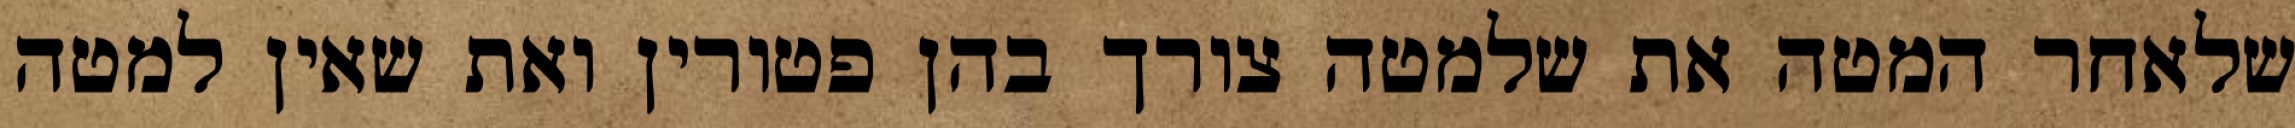
שלאחר המטה את שלמטה צורך בהן פטורין ואת שאין למטה